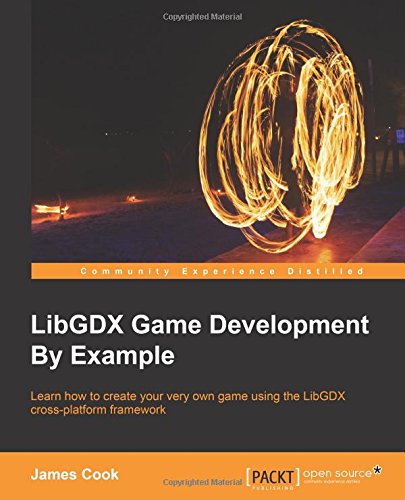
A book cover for LibGDX Game Development By Example; James Cook; Computers & Technology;